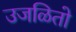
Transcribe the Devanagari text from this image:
उजळितो